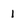
Character: 1